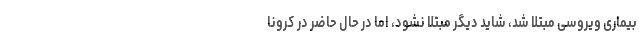
بیماری ویروسی مبتلا شد، شاید دیگر مبتلا نشود، اما در حال حاضر در کرونا